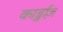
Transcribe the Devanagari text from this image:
कार्ड्नाज़